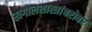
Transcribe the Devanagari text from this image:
खगोलशास्त्रांबरोबर